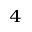
^ 4